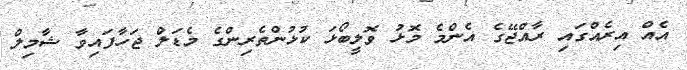
އެއް އިރެއްގައި ރާއްޖޭގެ އެންމެ މޮޅު ވޮލީބޯޅަ ކުޅުންތެރިންގެ މެޑަލް ޖަހާފައިވާ ޝާމިލް